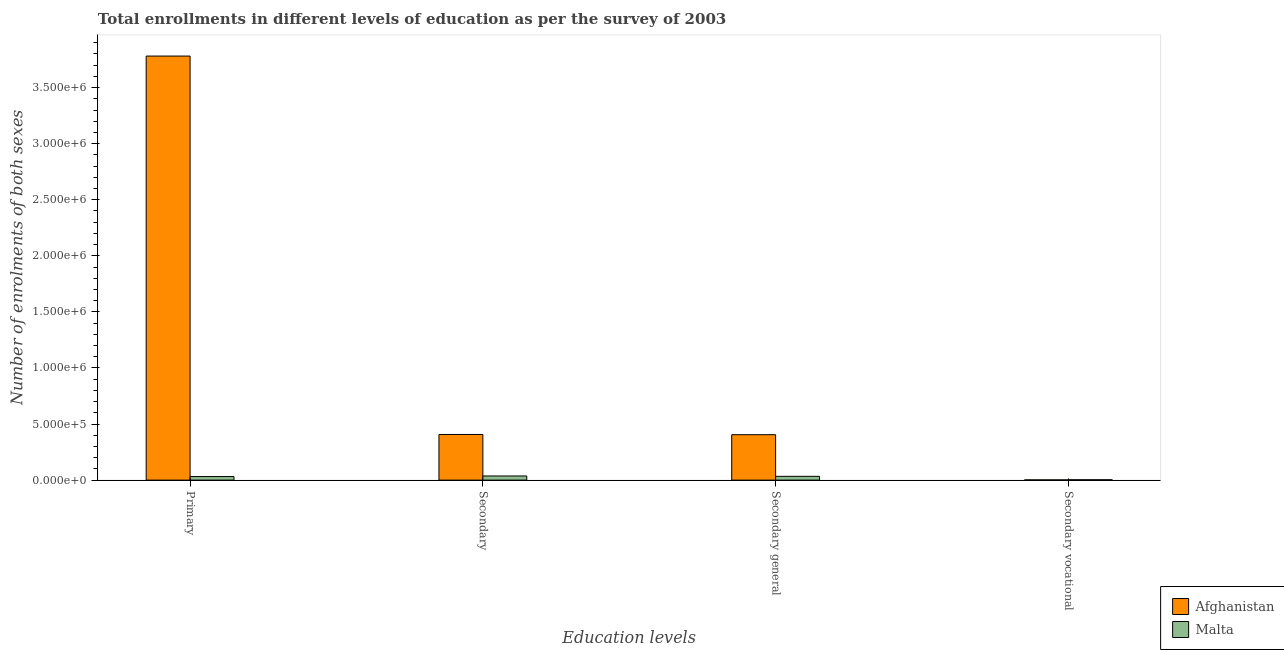
| Education levels | Afghanistan | Malta |
 | --- | --- | --- |
 | Primary | 3.78e+06 | 3.17e+04 |
 | Secondary | 4.07e+05 | 3.7e+04 |
 | Secondary general | 4.05e+05 | 3.37e+04 |
 | Secondary vocational | 1.89e+03 | 3.25e+03 |